Scottish Leaving Certificate Examination, 1961
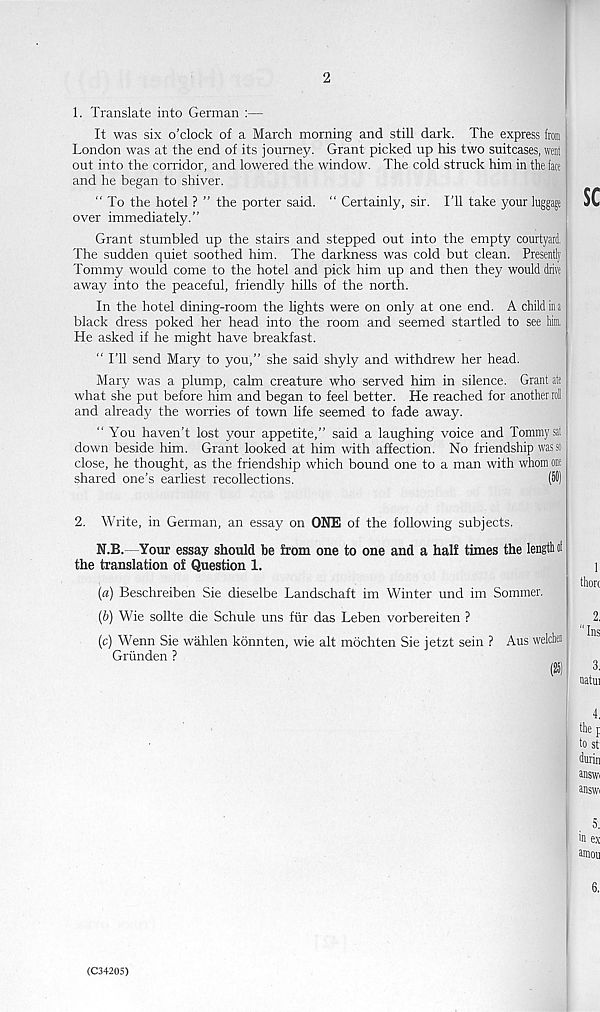
2
1. Translate into German :—
It was six o’clock of a March morning and still dark. The express from
London was at the end of its journey. Grant picked up his two suitcases, went
out into the corridor, and lowered the window. The cold struck him in the face
and he began to shiver.
“ To the hotel ? ” the porter said. “ Certainly, sir. I’ll take your luggage
over immediately.”
Grant stumbled up the stairs and stepped out into the empty courtyard.
The sudden quiet soothed him. The darkness was cold but clean. Presently
Tommy would come to the hotel and pick him up and then they would drive
away into the peaceful, friendly hills of the north.
In the hotel dining-room the lights were on only at one end. A child in a
black dress poked her head into the room and seemed startled to see him,
He asked if he might have breakfast.
“ I’ll send Mary to you,” she said shyly and withdrew her head.
Mary was a plump, calm creature who served him in silence. Grant ate
what she put before him and began to feel better. He reached for another roll
and already the worries of town life seemed to fade away.
“ You haven’t lost your appetite,” said a laughing voice and Tommy sat
down beside him. Grant looked at him with affection. No friendship was so
close, he thought, as the friendship which bound one to a man with whom one
shared one’s earliest recollections.
(59)
2. Write, in German, an essay on ONE of the following subjects.
N.B.—Your essay should be from one to one and a half times the length ol
the translation of Question 1.
(a) Beschreiben Sie dieselbe Landschaft im Winter und im Sommer.
(b) Wie sollte die Schule uns fur das Leben vorbereiten ?
(c) Wenn Sie wahlen konnten, wie alt mdchten Sie jetzt sein ? Aus weldren
Griinden ?
(25)
(C34205)